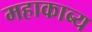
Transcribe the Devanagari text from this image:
महाकाब्‍य